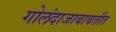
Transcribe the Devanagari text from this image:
गोलंदाजाबाबतीत